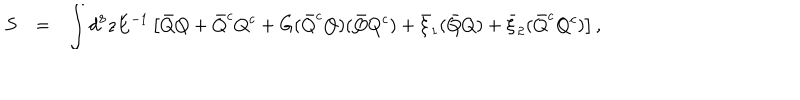
\begin{array} { r c l } { { S } } & { { = } } & { { \displaystyle \int d ^ { 8 } z E ^ { - 1 } \left[ \bar { Q } Q + \bar { Q } ^ { c } Q ^ { c } + G ( \bar { Q } ^ { c } Q ) ( \bar { Q } Q ^ { c } ) + \bar { \xi } _ { 1 } ( \bar { Q } Q ) + \bar { \xi } _ { 2 } ( \bar { Q } ^ { c } Q ^ { c } ) \right] , } } \\ \end{array}